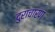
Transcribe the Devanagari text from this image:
दुराचारण